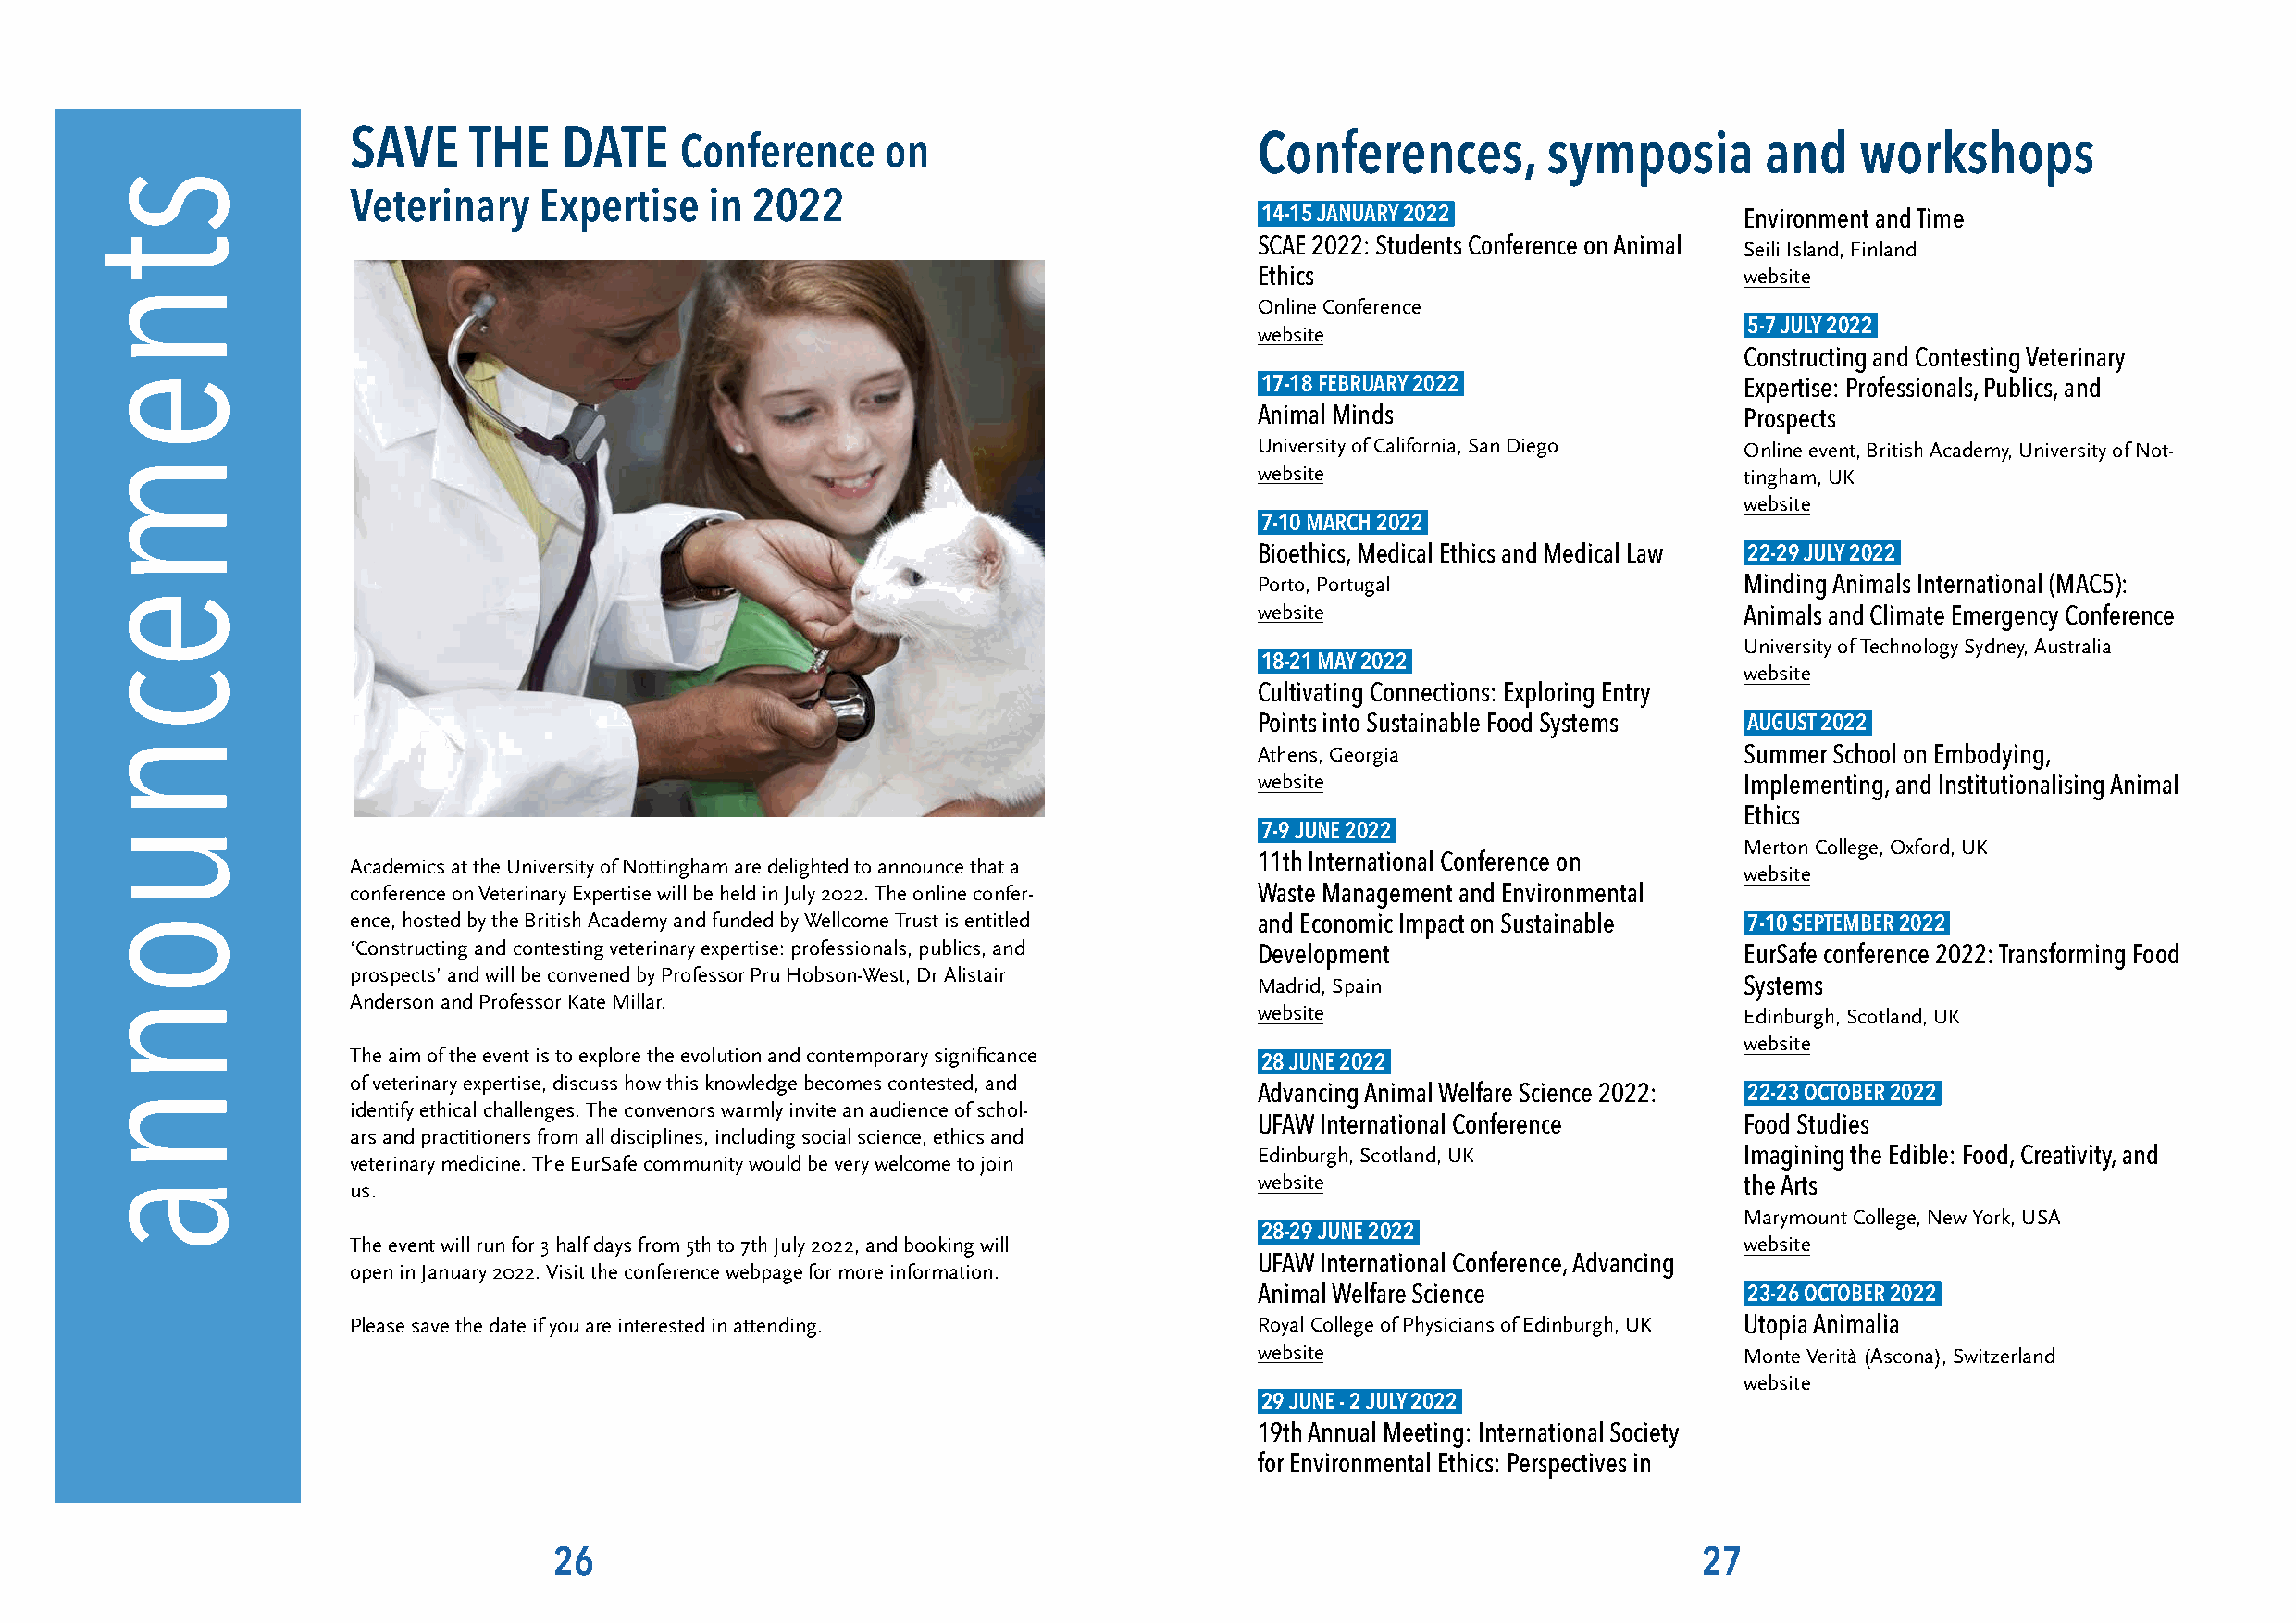
SAVE     THE   DATE     Conference    on                         Conferences,         symposia       and    workshops
 Veterinary    Expertise   in 2022
 14-15 JANUARY 2022                 Environment and Time
 SCAE 2022: Students Conference on Animal
 Seili Island, Finland
 Ethics                             website
 Online Conference
 website                            5-7 JULY 2022
 Constructing and Contesting Veterinary
 17-18 FEBRUARY 2022                Expertise: Professionals, Publics, and
 Animal Minds                       Prospects
 University of California, San Diego Online event, British Academy, University of Not-
 website                            tingham, UK
 website
 7-10 MARCH 2022
 Bioethics, Medical Ethics and Medical Law
 22-29 JULY 2022
 Porto, Portugal                    Minding Animals International (MAC5):
 website                            Animals and Climate Emergency Conference
 University of Technology Sydney, Australia
 18-21 MAY 2022
 website
 Cultivating Connections: Exploring Entry
 Points into Sustainable Food Systems
 AUGUST 2022
 Athens, Georgia                    Summer School on Embodying,
 website                            Implementing, and Institutionalising Animal
 Ethics
 7-9 JUNE 2022
 Merton College, Oxford, UK
 11th International Conference on
 Academics at the University of Nottingham are delighted to announce that a
 website
 conference on Veterinary Expertise will be held in July 2022. The online confer- Waste Management and Environmental
 ence, hosted by the British Academy and funded by Wellcome Trust is entitled and Economic Impact on Sustainable
 7-10 SEPTEMBER 2022
 ‘Constructing and contesting veterinary expertise: professionals, publics, and Development          EurSafe conference 2022: Transforming Food
 prospects’ and will be convened by Professor Pru Hobson-West, Dr Alistair
 Madrid, Spain                      Systems
 Anderson and Professor Kate Millar.
 website                            Edinburgh, Scotland, UK
 website
 The aim of the event is to explore the evolution and contemporary significance
 28 JUNE 2022
 of veterinary expertise, discuss how this knowledge becomes contested, and
 Advancing Animal Welfare Science 2022:
 22-23 OCTOBER 2022
 identify ethical challenges. The convenors warmly invite an audience of schol-
 UFAW International Conference      Food Studies
 ars and practitioners from all disciplines, including social science, ethics and
 Edinburgh, Scotland, UK            Imagining the Edible: Food, Creativity, and
 veterinary medicine. The EurSafe community would be very welcome to join
 website                            the Arts
 us.
 Marymount College, New York, USA
 28-29 JUNE 2022
 The event will run for 3 half days from 5th to 7th July 2022, and booking will                      website
 UFAW International Conference, Advancing
 open in January 2022. Visit the conference webpage for more information.
 Animal Welfare Science
 23-26 OCTOBER 2022
 Please save the date if you are interested in attending.         Royal College of Physicians of Edinburgh, UK Utopia Animalia
 website                            Monte Verità (Ascona), Switzerland
 website
 29 JUNE - 2 JULY 2022
 19th Annual Meeting: International Society
 for Environmental Ethics: Perspectives in
 26                                                                                27
 stnemecnuonna